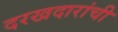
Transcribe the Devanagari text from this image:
दरखदारांची